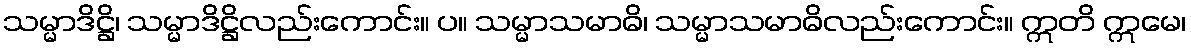
သမ္မာဒိဋ္ဌိ၊ သမ္မာဒိဋ္ဌိလည်းကောင်း။ ပ။ သမ္မာသမာဓိ၊ သမ္မာသမာဓိလည်းကောင်း။ ဣတိ ဣမေ၊